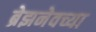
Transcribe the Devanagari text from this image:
ब्रेझनेवच्या